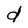
Character: d